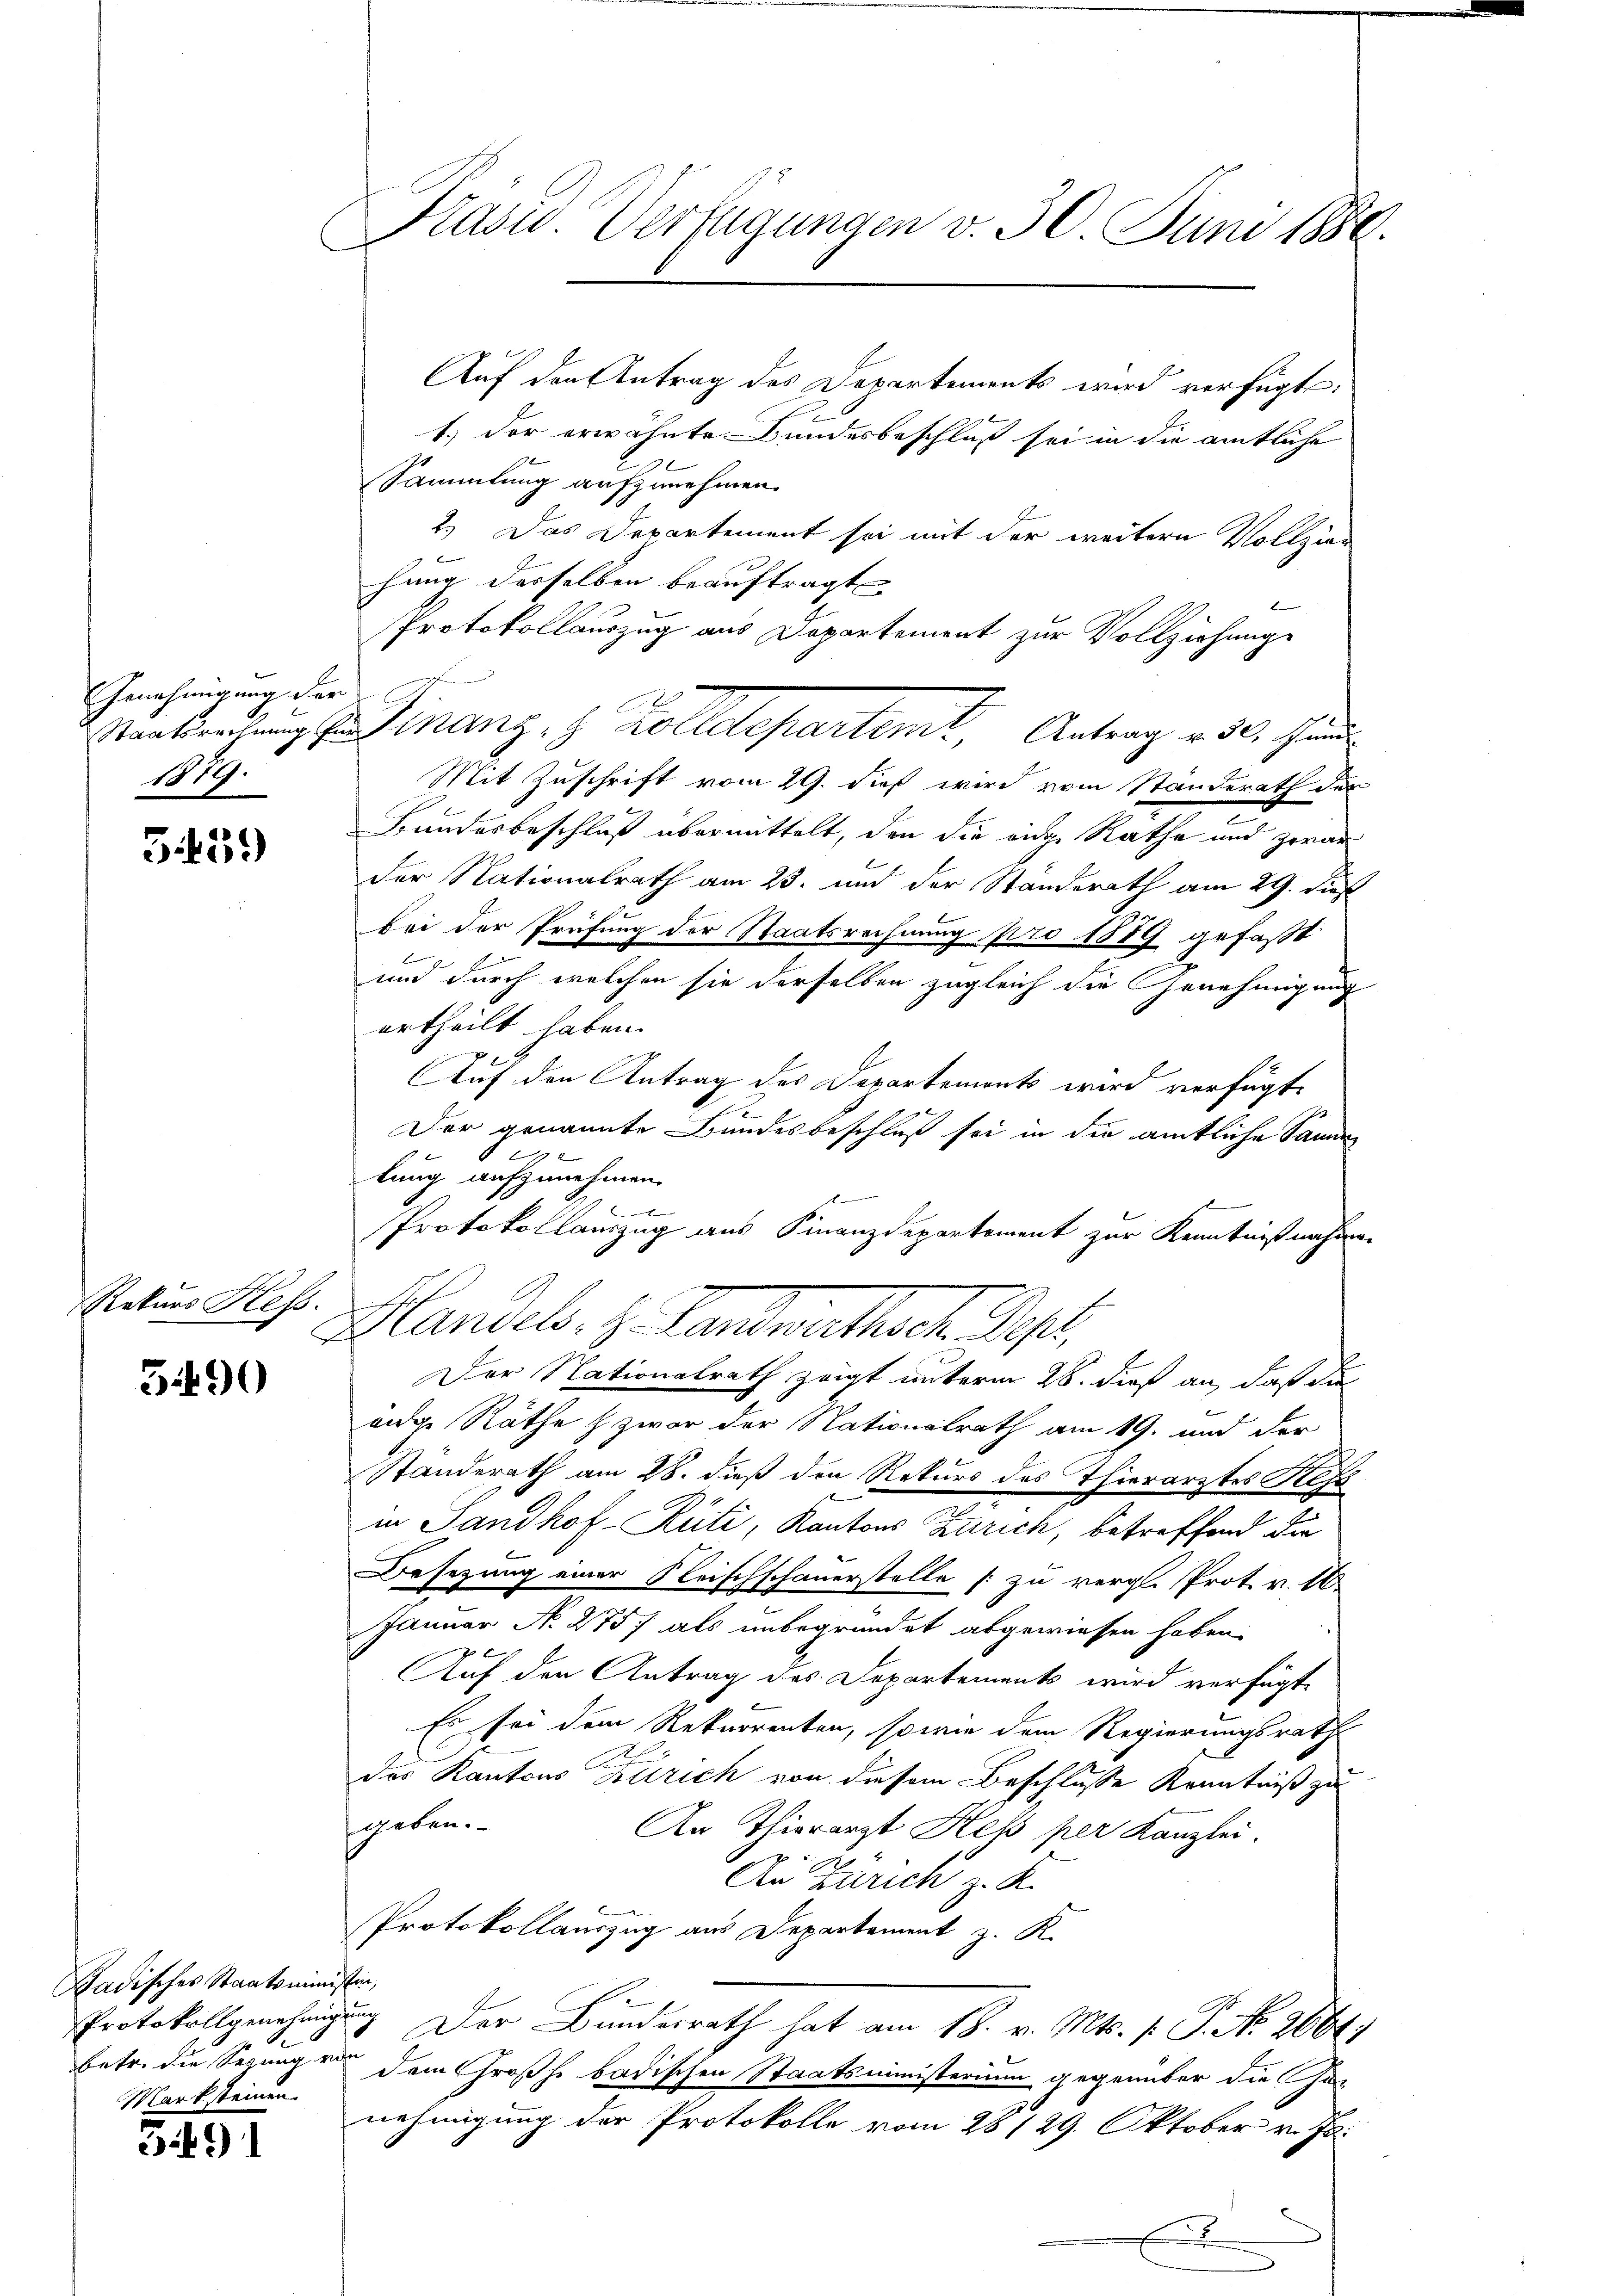
Genehmigung der
9
Staatsrechnung
119.

5.439

Rekurs Hess.

5490

Badisches Staatsministen,
e
betr. die Regung von
Marksteinen

31491

Präsid. Verfügungen v. 30. Juni 1880.

Auf den Antrag des Departements wird verfügt:
B
1.) Der erwähnte Bundesbeschluß sei in die amtliche
Sammlung aufzunehmen.
2.) Das Departement sei mit der weitern Vollzie-
t
hung desselben beauftragt
Protokollauszug aus Departement zur Vollziehung

Mit Zuschrift vom 29. dieß wird vom Standerath der
Hundesbeschluß übermittelt, den die eine Rathe und zwar
der Nationalrath am 23. und der Standerath am 29. dieß
bei der Prüfung der Staatsrechnung pro 1889 gefaßt
und durch welchen sie derselben zugleich die Genehmigung
urtheilt haben.
Auf den Antrag des Departements wird verfügte

Der genannte Bundesbeschluß sei in die amtliche Samm
1
lung aufzunehmen.
s
t
Protokollauszug aus Finanzdepartement zur Kenntnißnahme-
Handel. H. Landrathet. Sept.
Der Nationalrath zeigt unterm 28. dieß an, daß die
enige Räthe & zwar der Nationalrath am 19. und der
Standerath am 28. dieß den Rekurs des Thierarztes Res
in Sandhof-Rüti, Kantons Zürich, betreffend die
 an
Besezung einer Neischschauerstelle [zu vergl. Prot. v. 16
Januar No. 2757 als unbegründet abgewiesen haben.
Auf den Antrag des Departements wird verfügt,
Es sei dem Rekurrenten, sowie dem Regierungsrath
des Kantons Zürich von diesem Beschlusse Kenntniß zu
geben.
An Thierarzt Heß per Kanzlei.
x
Au Zürich z. K.
Protokollauszug aus Departement z. K.
Protokoll genehmigung Der Bundesrath hat am 18. v. Mts. p. P. Nr. 2664;
dem Großh. badischen Staatsministerium gegenüber die Han
nehmigung der Protokolle vom 28/29. Oktober v. Js.
x

Finanz- & Polldepartemt, Antrag v. 30. Jun